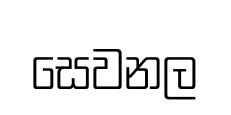
සෙවනල